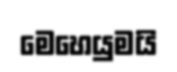
මෙහෙයුමයි